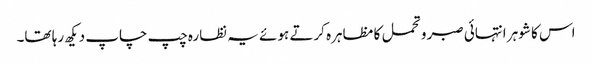
اس کا شوہر انتہائی صبر و تحمل کا مظاہرہ کرتے ہوئے یہ نظارہ چپ چاپ دیکھ رہا تھا۔